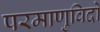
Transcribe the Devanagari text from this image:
परमाणुविदों